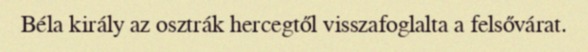
Béla király az osztrák hercegtől visszafoglalta a felsővárat.